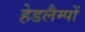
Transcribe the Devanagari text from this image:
हेडलैम्पों